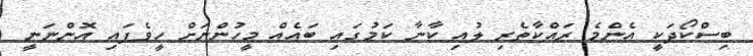
ބިސްކޯދަކީ އެންމެ ރައްކާތެރި ލުއި ކާނާ ކަމުގައި ބައެއް މީހުންނަށް ހީވެފައި އޮންނަނީ